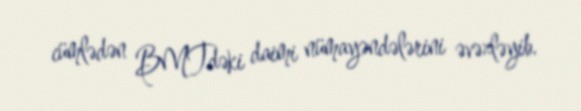
cümlədən BMTdəki daimi nümayəndələrini əvəzləyib.